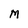
Character: M